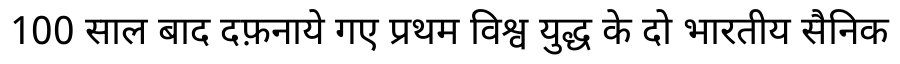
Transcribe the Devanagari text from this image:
100 साल बाद दफ़नाये गए प्रथम विश्व युद्ध के दो भारतीय सैनिक